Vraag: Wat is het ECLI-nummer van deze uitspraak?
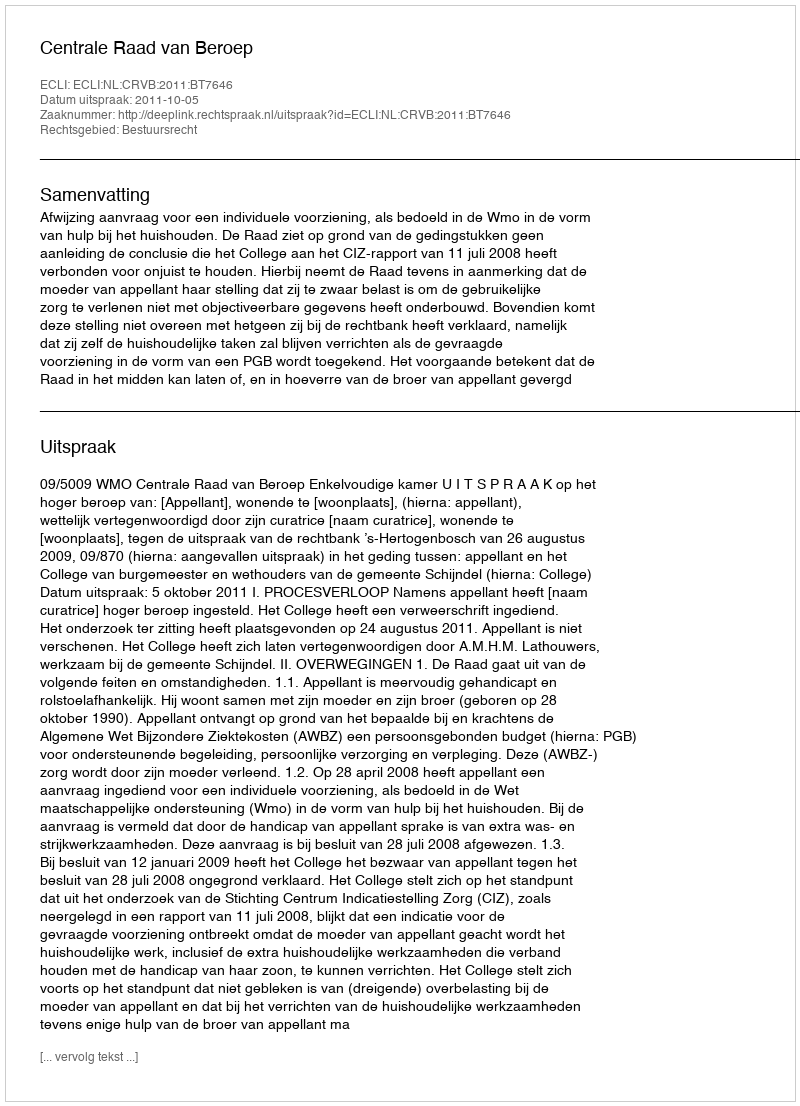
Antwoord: ECLI:NL:CRVB:2011:BT7646